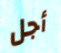
أجل